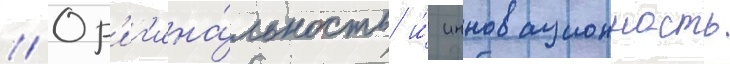
// Ор'иг'ина́льность и́ инновационность